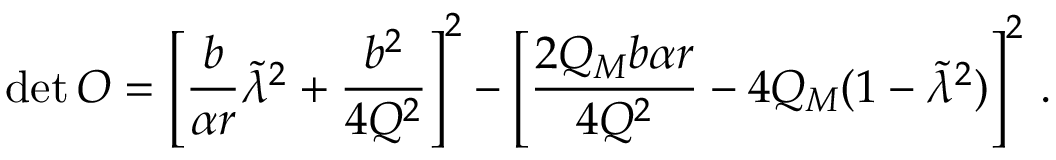
\mathrm { d e t } \, { \cal O } = \left[ \frac { b } { \alpha r } \tilde { \lambda } ^ { 2 } + \frac { b ^ { 2 } } { 4 Q ^ { 2 } } \right] ^ { 2 } - \left[ \frac { 2 Q _ { M } b \alpha r } { 4 Q ^ { 2 } } - 4 Q _ { M } ( 1 - \tilde { \lambda } ^ { 2 } ) \right] ^ { 2 } \, .